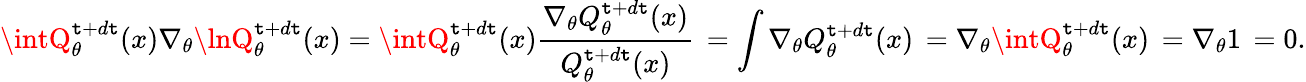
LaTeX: \intQ_{\theta}^{\mathtt{t}+d\mathtt{t}}(x)\nabla_{\theta}\lnQ_{\theta}^{\mathtt{t}+d\mathtt{t}}(x)=\intQ_{\theta}^{\mathtt{t}+d\mathtt{t}}(x)\frac{{\nabla_{\theta}Q_{\theta}^{\mathtt{t}+d\mathtt{t}}(x)}}{{Q_{\theta}^{\mathtt{t}+d\mathtt{t}}(x)}}\, =\int\nabla_{\theta}Q_{\theta}^{\mathtt{t}+d\mathtt{t}}(x)\, =\nabla_{\theta}\intQ_{\theta}^{\mathtt{t}+d\mathtt{t}}(x)\, =\nabla_{\theta}1\, =0.